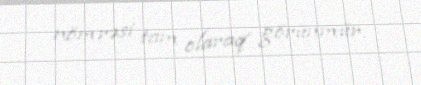
nömrəsi tam olaraq görünmür.